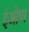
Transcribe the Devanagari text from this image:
ईओण